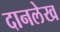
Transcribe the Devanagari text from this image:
दानलेख